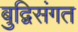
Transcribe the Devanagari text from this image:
बुद्विसंगत